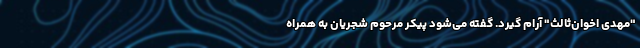
"مهدی اخوان‌ثالث" آرام گیرد. گفته می‌شود پیکر مرحوم شجریان به همراه